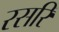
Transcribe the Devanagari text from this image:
रसरि